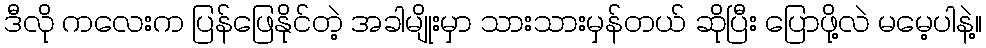
ဒီလို ကလေးက ပြန်ဖြေနိုင်တဲ့ အခါမျိုးမှာ သားသားမှန်တယ် ဆိုပြီး ပြောဖို့လဲ မမေ့ပါနဲ့။